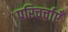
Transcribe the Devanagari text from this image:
परिचर्चाएँ